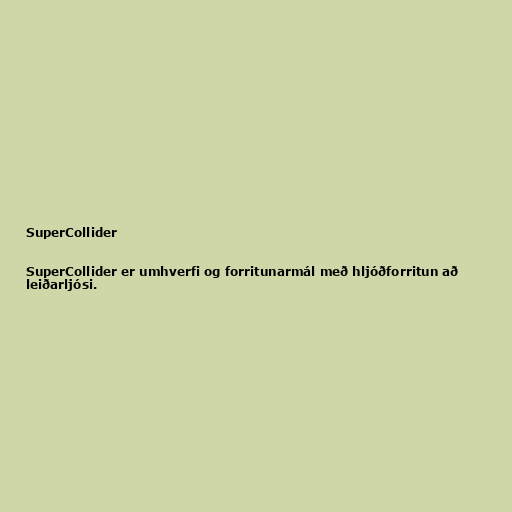
SuperCollider

SuperCollider er umhverfi og forritunarmál með hljóðforritun að
leiðarljósi.